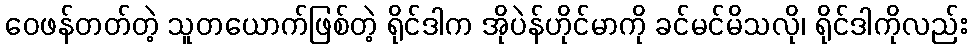
ဝေဖန်တတ်တဲ့ သူတယောက်ဖြစ်တဲ့ ရိုင်ဒါက အိုပဲန်ဟိုင်မာကို ခင်မင်မိသလို၊ ရိုင်ဒါကိုလည်း